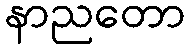
နာညတော